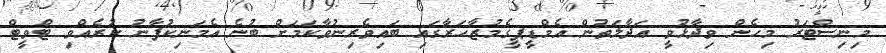
މިނިސްޓަރު މިހެން ވިދާޅުވީ އަދާލަތުން އެމްޑީޕީގެމުޒާހަރާގައި ބައިވެރިނުވާކަމަށް ބުނެ އެމަނިކުފާނު ކުރެއްވި ޓްވީޓް